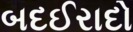
બદઈરાદો